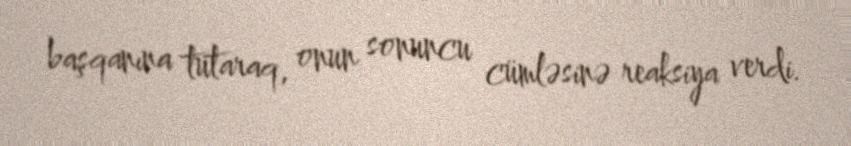
başqanına tutaraq, onun sonuncu cümləsinə reaksiya verdi.